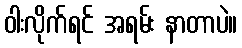
ဝါးလိုက်ရင် အရမ်း နာတာပဲ။